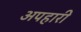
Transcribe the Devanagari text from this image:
अपहारी